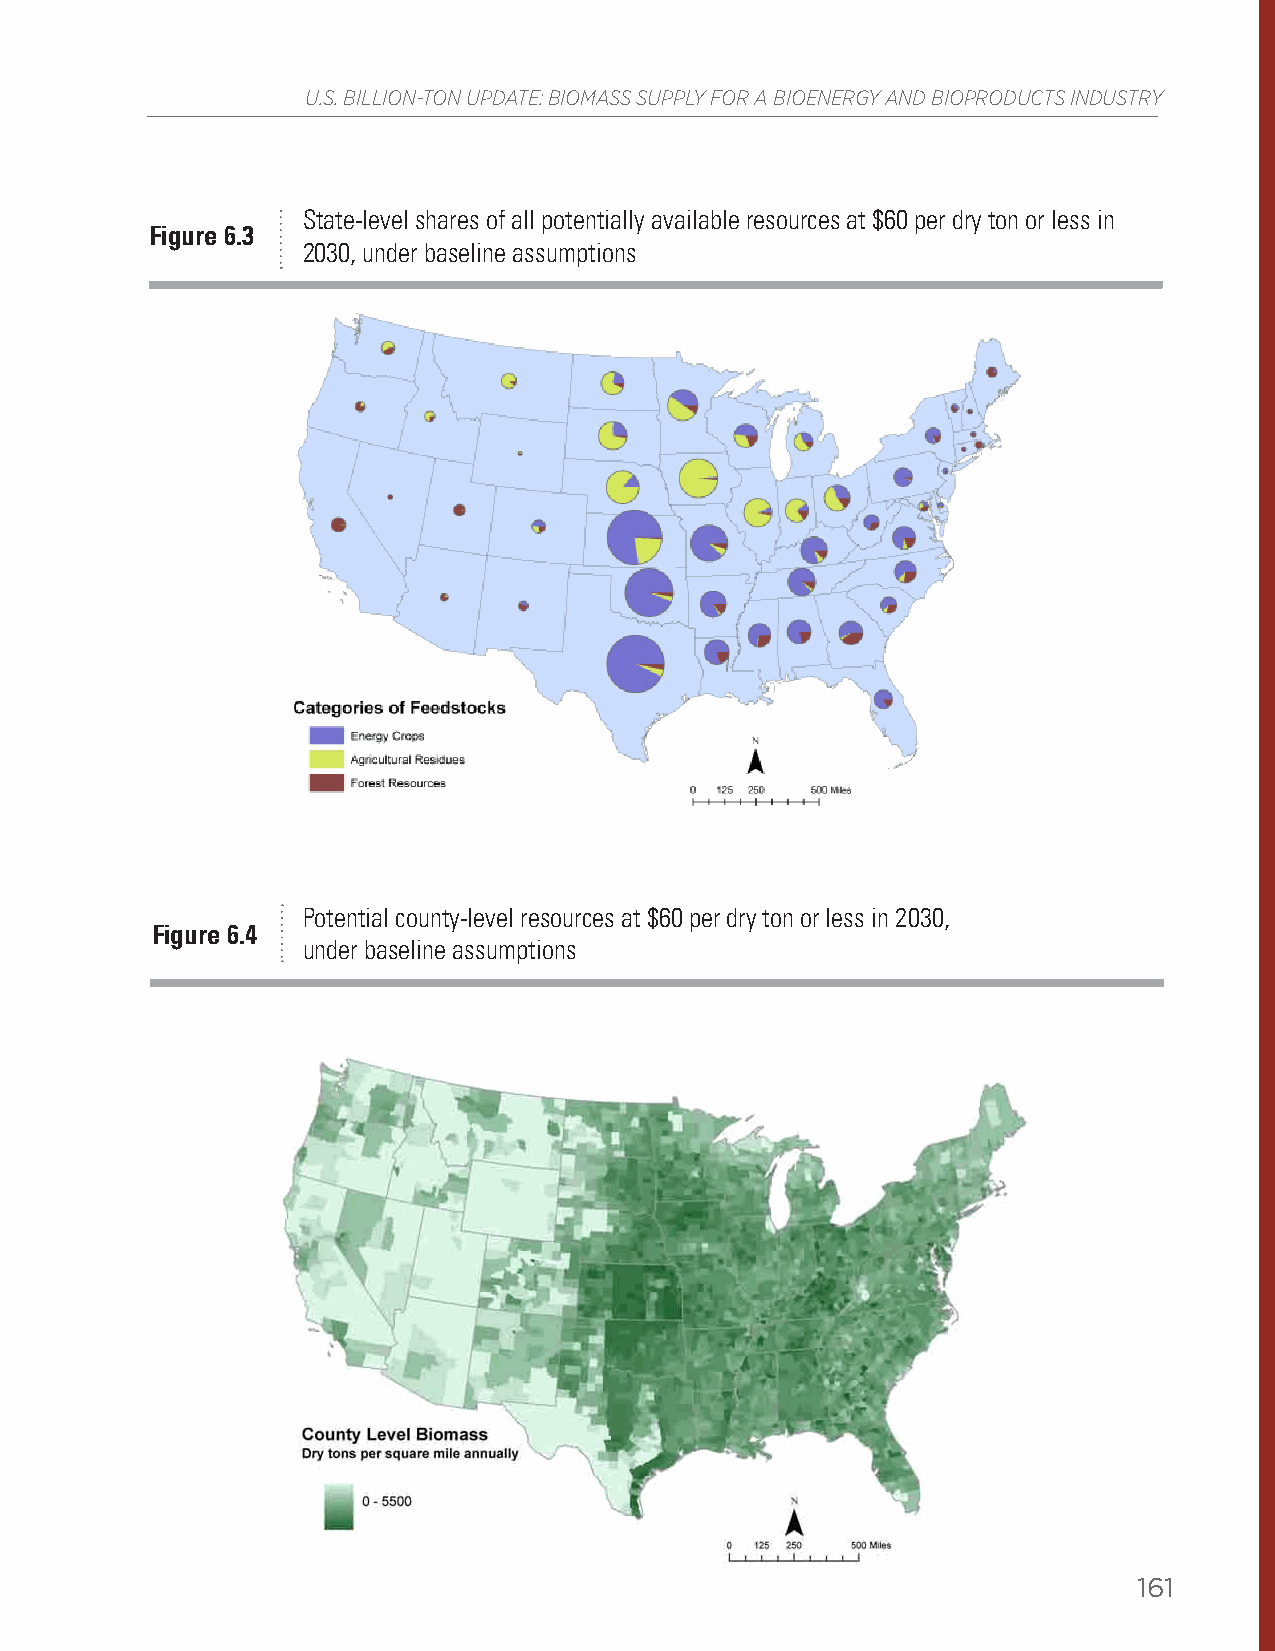
U.S. BILLION-TON UPDATE: BIOMASS SUPPLY FOR A BIOENERGY AND BIOPRODUCTS INDUSTRY
 State-level shares of all potentially available resources at $60 per dry ton or less in
 Figure 6.3
 2030, under baseline assumptions
 Potential county-level resources at $60 per dry ton or less in 2030,
 Figure 6.4
 under baseline assumptions
 161